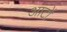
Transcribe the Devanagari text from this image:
आटों